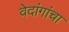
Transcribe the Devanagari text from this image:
वेदांगांचा